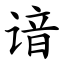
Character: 谙